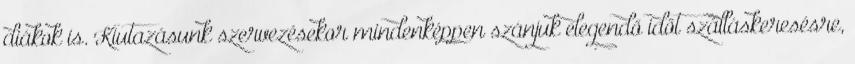
diákok is. Kiutazásunk szervezésekor mindenképpen szánjuk elegendő időt szálláskeresésre,